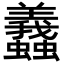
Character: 𧕶